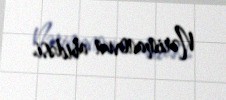
Nərimanovun abidəsi.